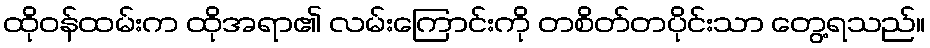
ထိုဝန်ထမ်းက ထိုအရာ၏ လမ်းကြောင်းကို တစိတ်တပိုင်းသာ တွေ့ရသည်။